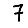
Digit: 7